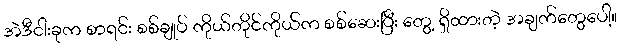
အဲဒီငါးခုက စာရင်း စစ်ချုပ် ကိုယ်တိုင်ကိုယ်က စစ်ဆေးပြီး တွေ့ ရှိထားတဲ့ အချက်တွေပေါ့။